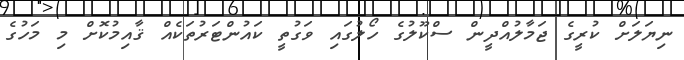
ނިޔަލަށް ކުރީގެ ޖަމާލުއްދީން ސްކޫލުގެ ހޯލުގައި ވަގުތީ ކައުންޓަރުތަކެއް ޤާއިމުކޮށް މި މަހުގެ